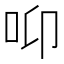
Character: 𱒌